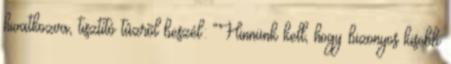
hivatkozva, tisztító tûzrõl beszél: “Hinnünk kell, hogy bizonyos kisebb